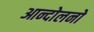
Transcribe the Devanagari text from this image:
आन्दोलनो